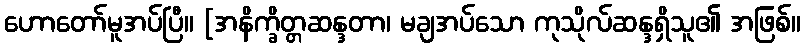
ဟောတော်မူအပ်ပြီ။ [အနိက္ခိတ္တဆန္ဒတာ၊ မချအပ်သော ကုသိုလ်ဆန္ဒရှိသူ၏ အဖြစ်။